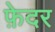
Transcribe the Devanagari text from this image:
फ़ेदर